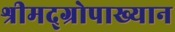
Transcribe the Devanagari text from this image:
श्रीमद्‌ग्रोपाख्यान